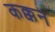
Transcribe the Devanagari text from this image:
कक्कन